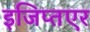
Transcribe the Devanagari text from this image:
इजिप्तएर